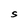
Character: S